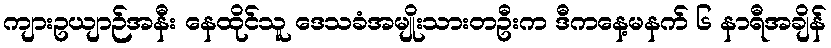
ကျားဥယျာဉ်အနီး နေထိုင်သူ ဒေသခံအမျိုးသားတဦးက ဒီကနေ့မနက် ၆ နာရီအချိန်